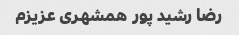
رضا رشید پور همشهری عزیزم